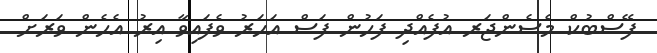
ފޭސްބުކް މެސެންޖަރ އުފެއްދި ފަހުން ފަސް އަހަރު ވެފައިވާ އިރު އެހެން ވަރަށް